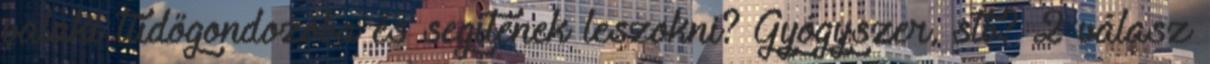
valaki tüdőgondozóba és segítenek leszokni? Gyógyszer, stb? 2 válasz